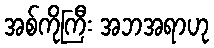
အစ်ကိုကြီး အဘအရာဟု